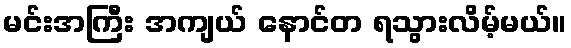
မင်းအကြီး အကျယ် နောင်တ ရသွားလိမ့်မယ်။